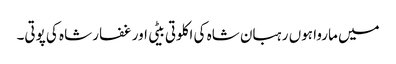
میں ماروا ہوں رہبان شاہ کی اکلوتی بیٹی اور غفار شاہ کی پوتی۔